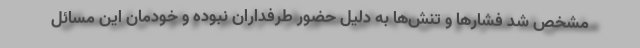
مشخص شد فشارها و تنش‌ها به دلیل حضور طرفداران نبوده و خودمان این مسائل